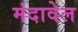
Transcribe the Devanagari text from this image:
मंदावेल